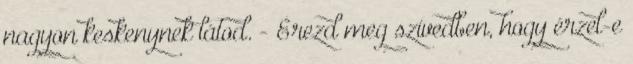
nagyon keskenynek látod. - Érezd meg szívedben, hogy érzel-e